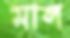
মাল